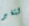
لتغير